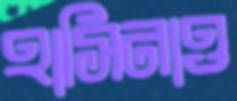
হাসিনাও